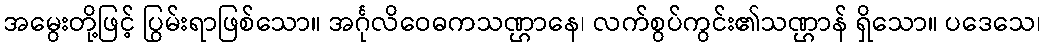
အမွေးတို့ဖြင့် ပြွမ်းရာဖြစ်သော။ အင်္ဂုလိဝေဓကသဏ္ဌာနေ၊ လက်စွပ်ကွင်း၏သဏ္ဌာန် ရှိသော။ ပဒေသေ၊